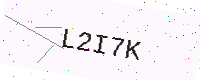
Text: L2I7K